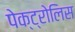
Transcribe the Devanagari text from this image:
पेक्ट्रोलिस